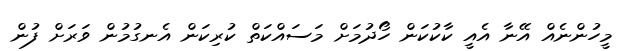
މީހުންނެއް އޭނާ އެއީ ކާކުކަން ހޯދުމަށް މަސައްކަތް ކުރިކަން އެނގުމުން ވަރަށް ފުން